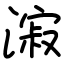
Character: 漃